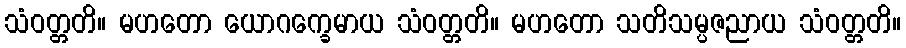
သံဝတ္တတိ။ မဟတော ယောဂက္ခေမာယ သံဝတ္တတိ။ မဟတော သတိသမ္ပဇညာယ သံဝတ္တတိ။